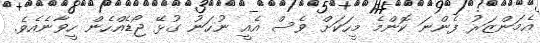
އެމަންޒަރު ފެންނަ ކޮންމެ މީހަކަށް ވެސް އެއީ ނުހަނު ގުޅޭ ޖޯޑެއްހެން ހީވާނެއެވެ.